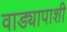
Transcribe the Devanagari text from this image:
वाड्यापाशी